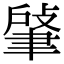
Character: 𦘟